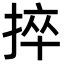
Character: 捽